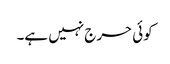
کوئی حرج نہیں ہے۔